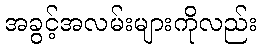
အခွင့်အလမ်းများကိုလည်း